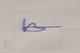
Signature authenticity: genuine